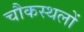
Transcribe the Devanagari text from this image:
चौकस्थलों